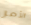
الأمر